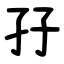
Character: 孖